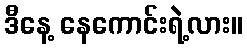
ဒီနေ့ နေကောင်းရဲ့လား။